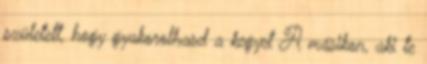
született, hogy gyakorolhasd a kegyet A másikon, aki te